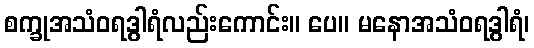
စက္ခုအသံဝရဒွါရံလည်းကောင်း။ ပေ။ မနောအသံဝရဒွါရံ၊